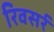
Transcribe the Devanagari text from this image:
रिवसर्र